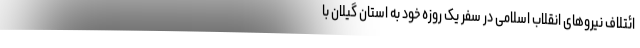
ائتلاف نیروهای انقلاب اسلامی در سفر یک روزه خود به استان گیلان با